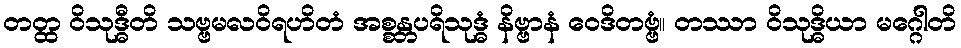
တတ္ထ ဝိသုဒ္ဓီတိ သဗ္ဗမလဝိရဟိတံ အစ္စန္တပရိသုဒ္ဓံ နိဗ္ဗာနံ ဝေဒိတဗ္ဗံ။ တဿာ ဝိသုဒ္ဓိယာ မဂ္ဂေါတိ